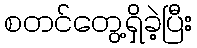
စတင်တွေ့ရှိခဲ့ပြီး